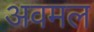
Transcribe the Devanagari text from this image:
अवमल